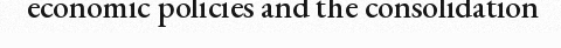
economic policies and the consolidation